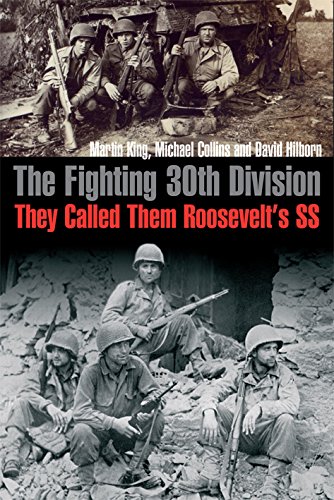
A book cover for The Fighting 30th Division: They Called Them Roosevelt's SS; Martin King; History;